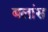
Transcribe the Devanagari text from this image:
बलांस